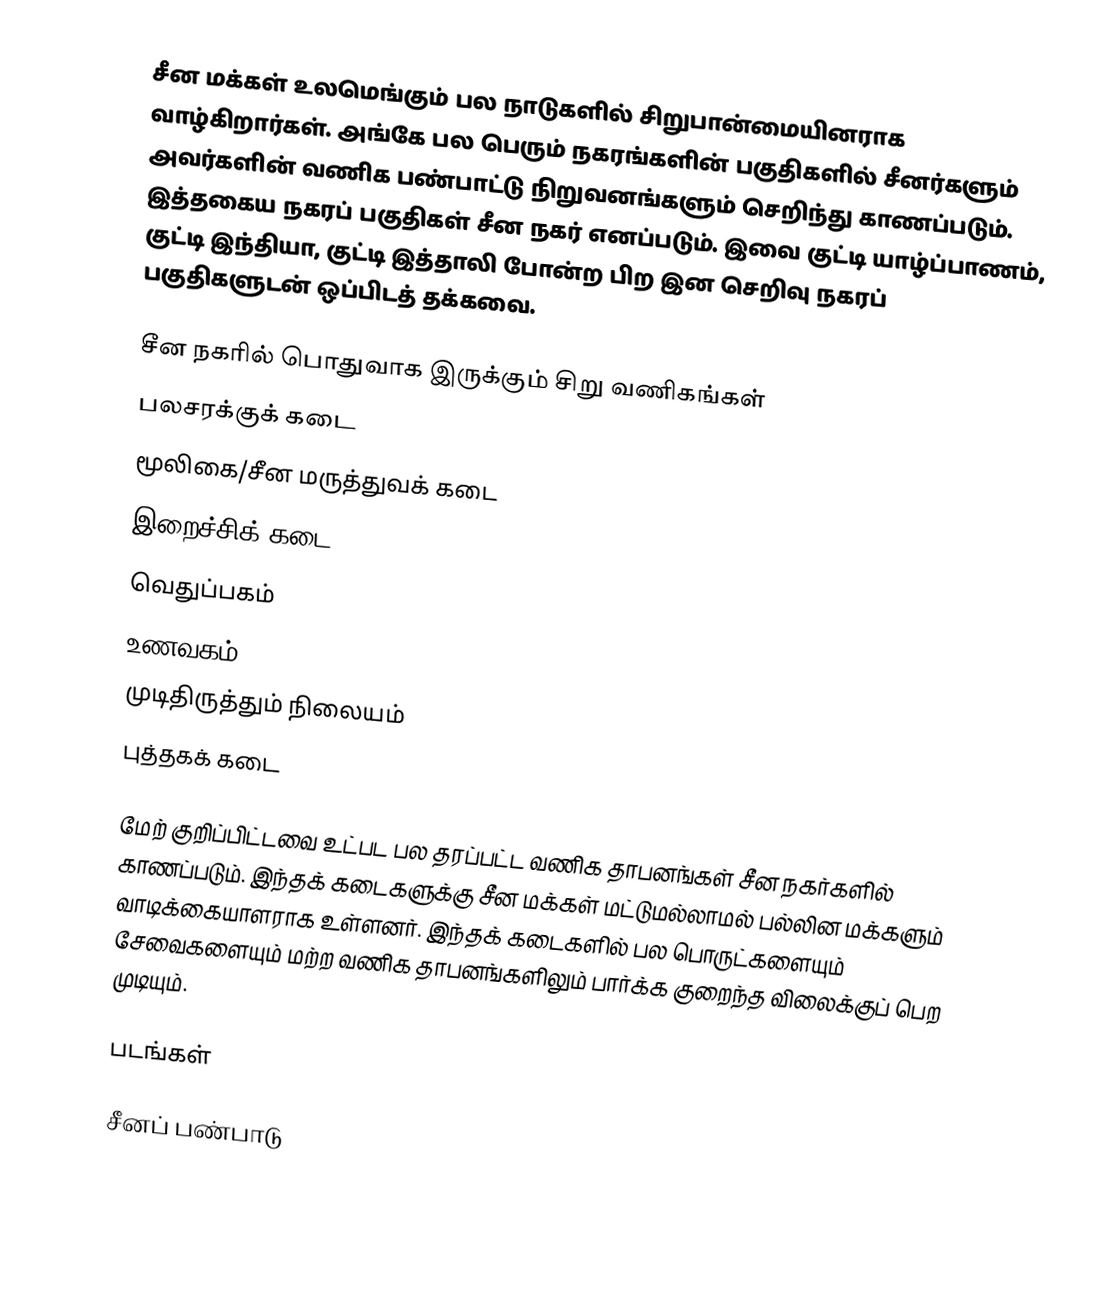
சீன மக்கள் உலமெங்கும் பல நாடுகளில் சிறுபான்மையினராக வாழ்கிறார்கள். அங்கே பல பெரும் நகரங்களின் பகுதிகளில் சீனர்களும் அவர்களின் வணிக பண்பாட்டு நிறுவனங்களும் செறிந்து காணப்படும். இத்தகைய நகரப் பகுதிகள் சீன நகர் எனப்படும். இவை குட்டி யாழ்ப்பாணம், குட்டி இந்தியா, குட்டி இத்தாலி போன்ற பிற இன செறிவு நகரப் பகுதிகளுடன் ஒப்பிடத் தக்கவை.

சீன நகரில் பொதுவாக இருக்கும் சிறு வணிகங்கள்
 பலசரக்குக் கடை
 மூலிகை/சீன மருத்துவக் கடை
 இறைச்சிக் கடை
 வெதுப்பகம்
 உணவகம்
 முடிதிருத்தும் நிலையம்
 புத்தகக் கடை

மேற் குறிப்பிட்டவை உட்பட பல தரப்பட்ட வணிக தாபனங்கள் சீன நகர்களில் காணப்படும். இந்தக் கடைகளுக்கு சீன மக்கள் மட்டுமல்லாமல் பல்லின மக்களும் வாடிக்கையாளராக உள்ளனர். இந்தக் கடைகளில் பல பொருட்களையும் சேவைகளையும் மற்ற வணிக தாபனங்களிலும் பார்க்க குறைந்த விலைக்குப் பெற முடியும்.

படங்கள்

சீனப் பண்பாடு